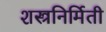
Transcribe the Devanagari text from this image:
शस्त्रनिर्मिती